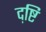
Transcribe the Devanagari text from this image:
द़ष्टि